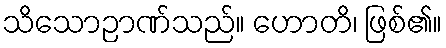
သိသောဉာဏ်သည်။ ဟောတိ၊ ဖြစ်၏။